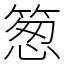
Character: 䈡